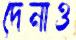
দেনাও